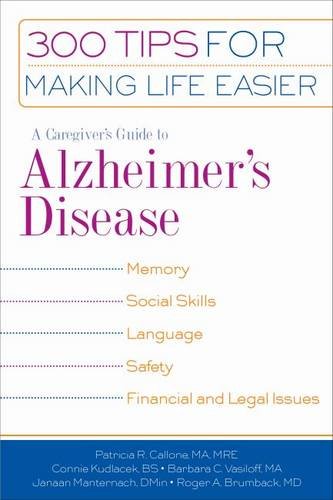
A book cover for A Caregiver's Guide to Alzheimer's Disease: 300 Tips for Making Life Easier; Patricia R. Callone; Health, Fitness & Dieting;